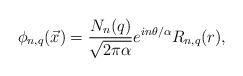
\begin{align*}\phi_{n,q}({\vec x}) = {N_n(q)\over \sqrt{2\pi\alpha}} e^{in\theta/\alpha} R_{n,q} (r),\end{align*}